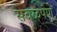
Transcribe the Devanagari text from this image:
सबळपणे